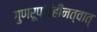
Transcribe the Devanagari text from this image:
गुणरूपविहीनत्वात्